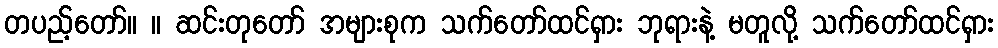
တပည့်တော်။ ။ ဆင်းတုတော် အများစုက သက်တော်ထင်ရှား ဘုရားနဲ့ မတူလို့ သက်တော်ထင်ရှား